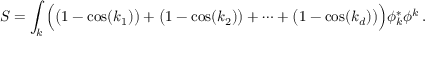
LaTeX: S = \int _ { k } { \Big ( } { \big ( } 1 - \cos ( k _ { 1 } ) { \big ) } + { \big ( } 1 - \cos ( k _ { 2 } ) { \big ) } + \cdots + { \big ( } 1 - \cos ( k _ { d } ) { \big ) } { \Big ) } \phi _ { k } ^ { * } \phi ^ { k } \, .